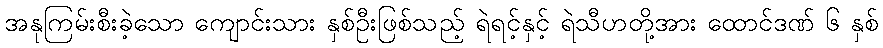
အနုကြမ်းစီးခဲ့သော ကျောင်းသား နှစ်ဦးဖြစ်သည့် ရဲရင့်နှင့် ရဲသီဟတို့အား ထောင်ဒဏ် ၆ နှစ်